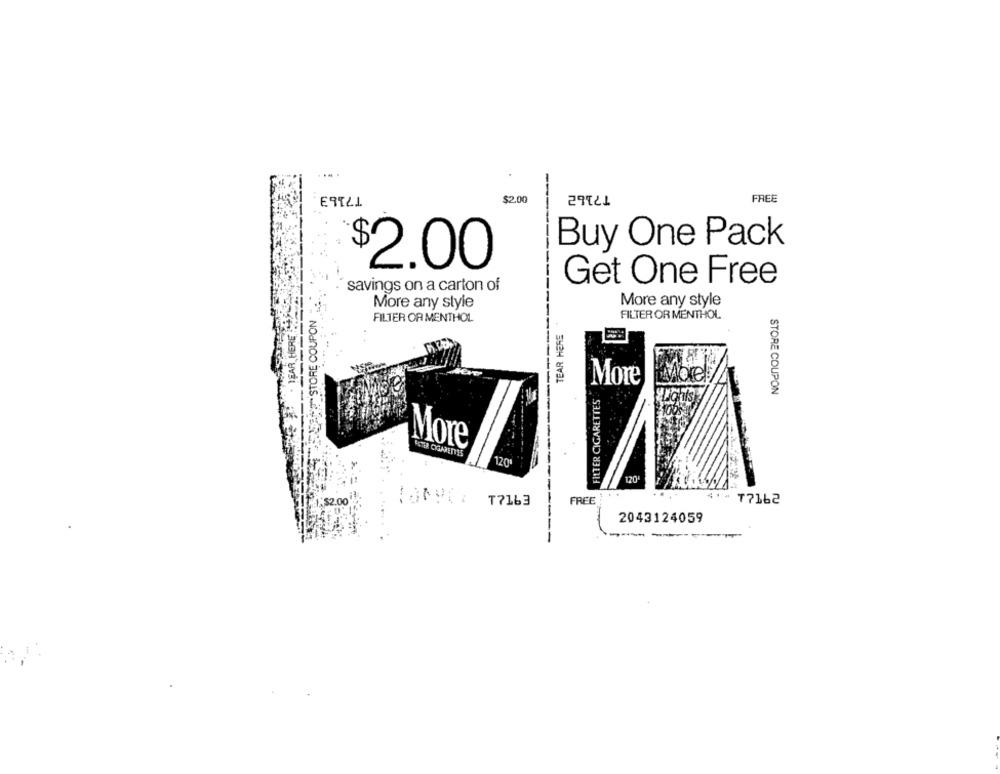
$2.00
FREE
ETT21
29121
Buy One Pack
$2.00
savings on a carton of
Get One Free
STORE COUPON
More any style
More any style
FILTER OR MENTHOL
HERE!
FILTER OR MENTHOL
TEAR HERE
More
FILTER CIGARETTES
STORE COUPON
More
PETER CIGARETTES
120
120
----
[1,$2.00
!SAVE T7163
FREE
4 .- ₸7162
2043124059